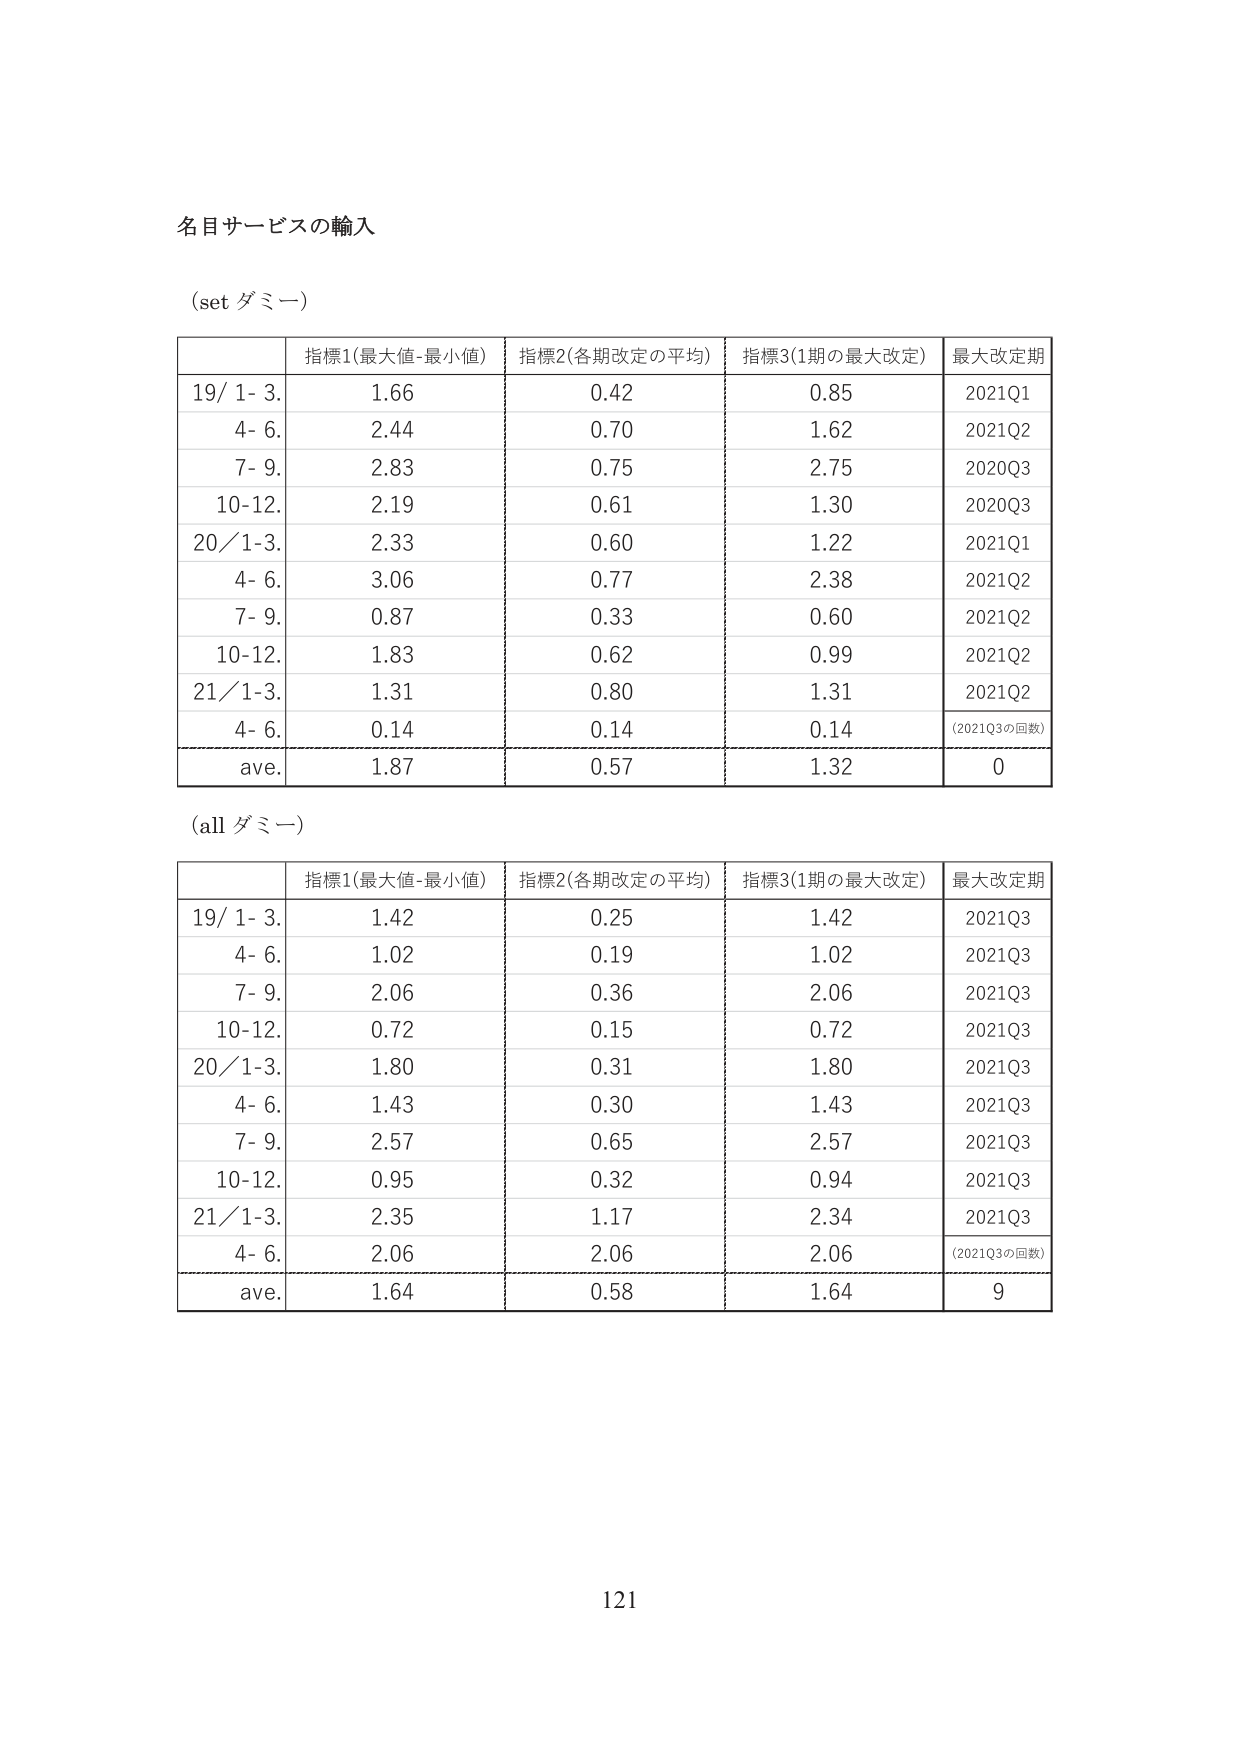
名目サービスの輸入

(set ダミー)

| | 指標1(最大値-最小値) | 指標2(各期改定の平均) | 指標3(1期の最大改定) | 最大改定期 |
|---|---|---|---|---|
| 19/ 1- 3. | 1.66 | 0.42 | 0.85 | 2021Q1 |
| 4- 6. | 2.44 | 0.70 | 1.62 | 2021Q2 |
| 7- 9. | 2.83 | 0.75 | 2.75 | 2020Q3 |
| 10-12. | 2.19 | 0.61 | 1.30 | 2020Q3 |
| 20/ 1-3. | 2.33 | 0.60 | 1.22 | 2021Q1 |
| 4- 6. | 3.06 | 0.77 | 2.38 | 2021Q2 |
| 7- 9. | 0.87 | 0.33 | 0.60 | 2021Q2 |
| 10-12. | 1.83 | 0.62 | 0.99 | 2021Q2 |
| 21/ 1-3. | 1.31 | 0.80 | 1.31 | 2021Q2 |
| 4- 6. | 0.14 | 0.14 | 0.14 | (2021Q3の回数) |
| ave. | 1.87 | 0.57 | 1.32 | 0 |

(all ダミー)

| | 指標1(最大値-最小値) | 指標2(各期改定の平均) | 指標3(1期の最大改定) | 最大改定期 |
|---|---|---|---|---|
| 19/ 1- 3. | 1.42 | 0.25 | 1.42 | 2021Q3 |
| 4- 6. | 1.02 | 0.19 | 1.02 | 2021Q3 |
| 7- 9. | 2.06 | 0.36 | 2.06 | 2021Q3 |
| 10-12. | 0.72 | 0.15 | 0.72 | 2021Q3 |
| 20/ 1-3. | 1.80 | 0.31 | 1.80 | 2021Q3 |
| 4- 6. | 1.43 | 0.30 | 1.43 | 2021Q3 |
| 7- 9. | 2.57 | 0.65 | 2.57 | 2021Q3 |
| 10-12. | 0.95 | 0.32 | 0.94 | 2021Q3 |
| 21/ 1-3. | 2.35 | 1.17 | 2.34 | 2021Q3 |
| 4- 6. | 2.06 | 2.06 | 2.06 | (2021Q3の回数) |
| ave. | 1.64 | 0.58 | 1.64 | 9 |

121